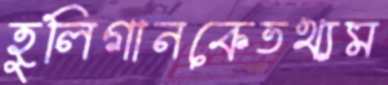
হুলিগানকেতথ্যম